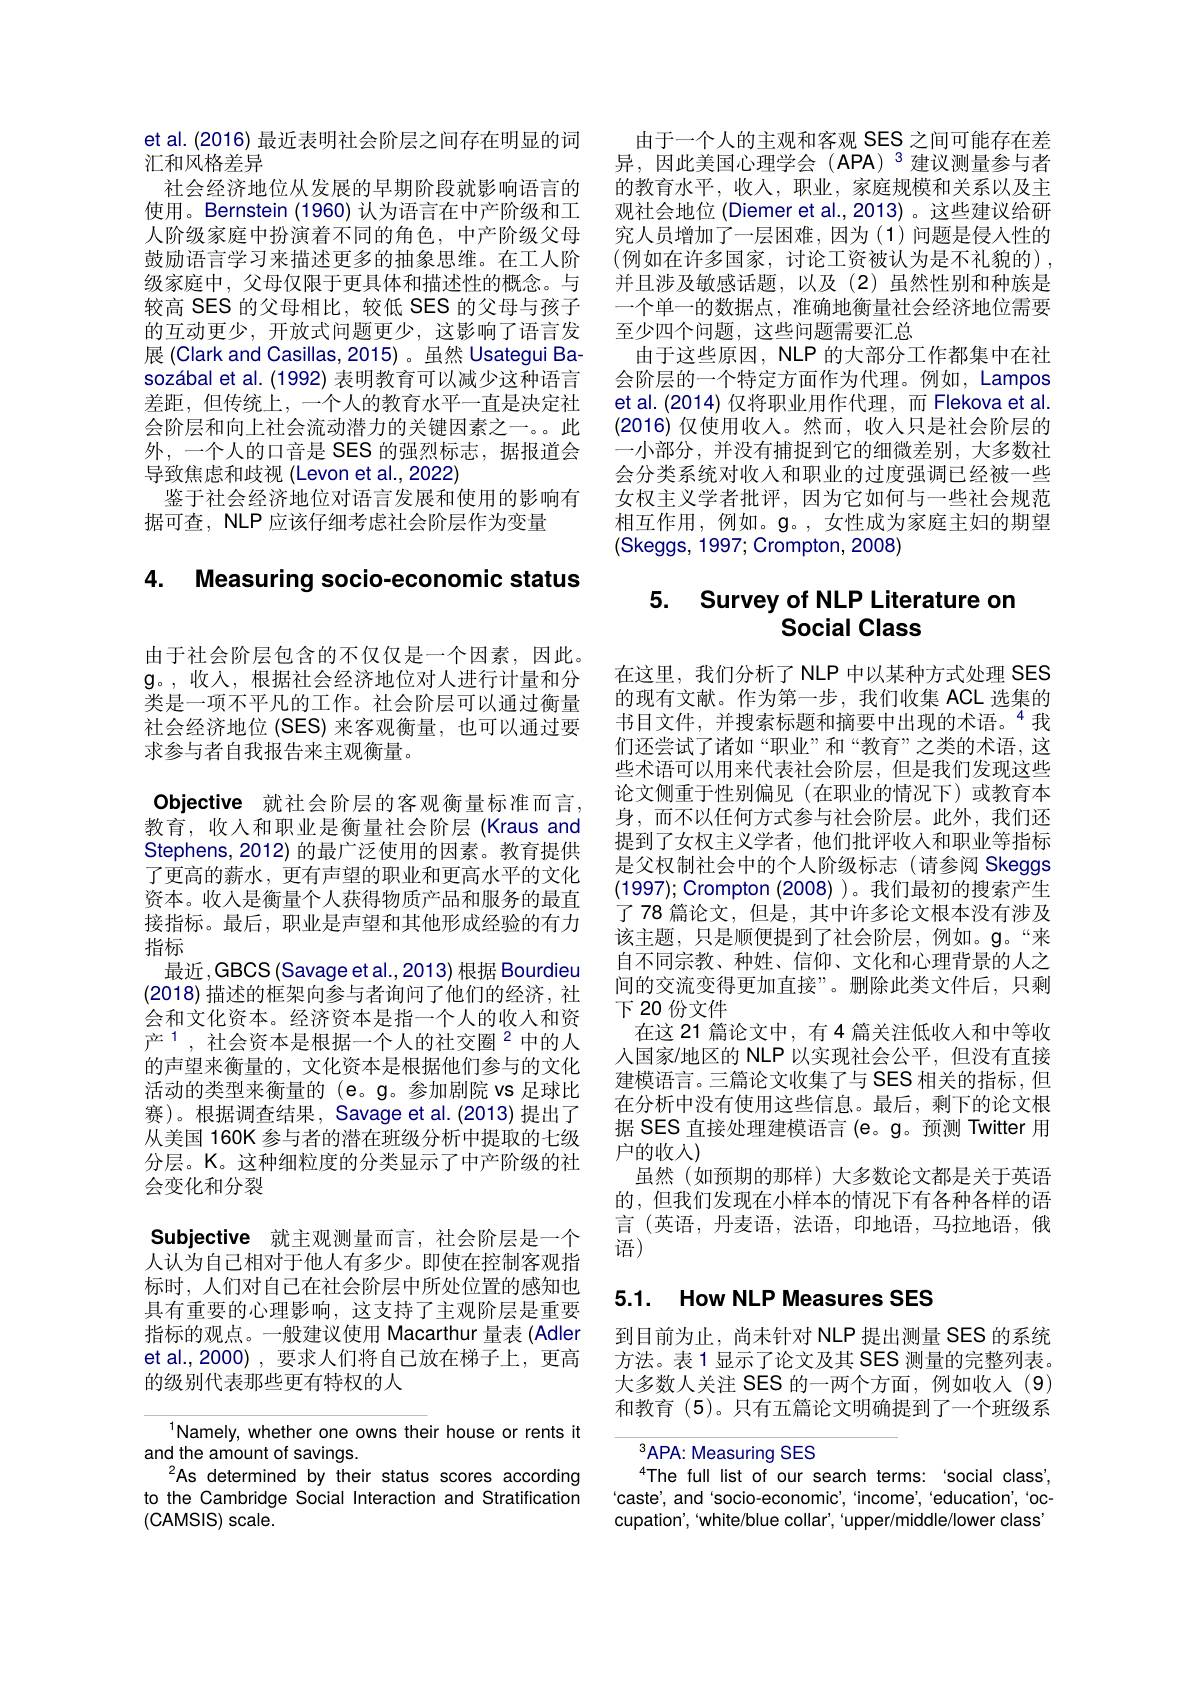
et al. (2016) 最近表明社会阶层之间存在明显的词
汇和风格差异
社会经济地位从发展的早期阶段就影响语言的使用。Bernstein (1960) 认为语言在中产阶级和工人阶级家庭中扮演着不同的角色，中产阶级父母鼓励语言学习来描述更多的抽象思维。在工人阶级家庭中，父母仅限于更具体和描述性的概念。与较高 SES 的父母相比，较低 SES 的父母与孩子的互动更少，开放式问题更少，这影响了语言发展 (Clark and Casillas, 2015) 。虽然 Usategui Basozábal et al. (1992) 表明教育可以减少这种语言差距，但传统上，一个人的教育水平一直是决定社会阶层和向上社会流动潜力的关键因素之一。此外，一个人的口音是 SES 的强烈标志，据报道会导致焦虑和歧视(Levon et al.,2022)
鉴于社会经济地位对语言发展和使用的影响有
据可查，NLP 应该仔细考虑社会阶层作为变量

### 4. Measuring socio-economic status

由于社会阶层包含的不仅仅是一个因素，因此。$\mathbf{g}$。,收入，根据社会经济地位对人进行计量和分类是一项不平凡的工作。社会阶层可以通过衡量社会经济地位 (SES) 来客观衡量，也可以通过要求参与者自我报告来主观衡量。
Objective 就社会阶层的客观衡量标准而言。教育，收入和职业是衡量社会阶层(Kraus and Stephens, 2012) 的最广泛使用的因素。教育提供了更高的薪水，更有声望的职业和更高水平的文化资本。收入是衡量个人获得物质产品和服务的最直接指标。最后，职业是声望和其他形成经验的有力指标
最近，GBCS (Savage et al., 2013) 根据 Bourdieu (2018)描述的框架向参与者询问了他们的经济，社会和文化资本。经济资本是指一个人的收入和资产$^{\text{产 }1}$,社会资本是根据一个人的社交圈$^{2}$中的人的声望来衡量的，文化资本是根据他们参与的文化活动的类型来衡量的 (e。g。参加剧院 vs 足球比赛)。根据调查结果，Savage et al.(2013)提出了从美国 160K 参与者的潜在班级分析中提取的七级分层。K。这种细粒度的分类显示了中产阶级的社会变化和分裂

Subjective 就主观测量而言，社会阶层是一个人认为自己相对于他人有多少。即使在控制客观指

标时，人们对自己在社会阶层中所处位置的感知也具有重要的心理影响，这支持了主观阶层是重要指标的观点。一般建议使用 Macarthur 量表 (Adler et al.,2000),要求人们将自己放在梯子上，更高的级别代表那些更有特权的人

$^{1}$Namely, whether one owns their house or rents it
and the amount of savings.
As determined by their status scores according to the Cambridge Social Interaction and Stratification (CAMSIS) scale.

由于一个人的主观和客观 SES 之间可能存在差$异，因此美国心理学会(APA)^3建议测量参与者$ 的教育水平，收入，职业，家庭规模和关系以及主观社会地位 (Diemer et al.,2013) 。这些建议给研究人员增加了一层困难，因为(1)问题是侵入性的$\left(\text{例如在许多国家，讨论工资被认为是不礼貌的}\right)$, 并且涉及敏感话题，以及(2)虽然性别和种族是一个单一的数据点，准确地衡量社会经济地位需要至少四个问题，这些问题需要汇总
由于这些原因，NLP 的大部分工作都集中在社会阶层的一个特定方面作为代理。例如，Lampos et al.(2014) 仅将职业用作代理，而 Flekova et al (2016) 仅使用收入。然而，收人只是社会阶层的一小部分，并没有捕捉到它的细微差别，大多数社会分类系统对收入和职业的过度强调已经被一些女权主义学者批评，因为它如何与一些社会规范相互作用，例如。$\mathfrak{g}$。,女性成为家庭主妇的期望(Skeggs, 1997; Crompton, 2008)

# 5. Survey of NLP Literature or Social Class

在这里，我们分析了 NLP 中以某种方式处理 SES 的现有文献。作为第一步，我们收集 ACL 选集的书目文件，并搜索标题和摘要中出现的术语。$^{4}$我们还尝试了诸如“职业”和“教育”之类的术语，这些术语可以用来代表社会阶层，但是我们发现这些论文侧重于性别偏见(在职业的情况下)或教育本身，而不以任何方式参与社会阶层。此外，我们还提到了女权主义学者，他们批评收入和职业等指标是父权制社会中的个人阶级标志(请参阅 Skeggs (1997); Crompton (2008) )。我们最初的搜索产生了 78 篇论文，但是，其中许多论文根本没有涉及该主题，只是顺便提到了社会阶层，例如。g。“来自不同宗教、种姓、信仰、文化和心理背景的人之间的交流变得更加直接”。删除此类文件后，只剩下 20 份文件
在这 21 篇论文中，有 4 篇关注低收入和中等收人国家/地区的 NLP 以实现社会公平，但没有直接建模语言。三篇论文收集了与 SES 相关的指标，但在分析中没有使用这些信息。最后，剩下的论文根据 SES 直接处理建模语言(e。g。预测 Twitter 用户的收入)
虽然(如预期的那样)大多数论文都是关于英语的，但我们发现在小样本的情况下有各种各样的语言(英语，丹麦语，法语，印地语，马拉地语，俄语)

## 5.1. How NLP Measures SES

到目前为止，尚未针对 NLP 提出测量 SES 的系统方法。表1 显示了论文及其 SES 测量的完整列表。大多数人关注 SES 的一两个方面，例如收入(9) 和教育 (5)。只有五篇论文明确提到了一个班级系

$^{3}$APA: Measuring SES
$^{4}$The full list of our search terms: 'social class', caste', and'socio-economic', 'income', 'education', 'occupation', 'white/blue collar', 'upper/middle/lower class'